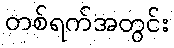
တစ်ရက်အတွင်း